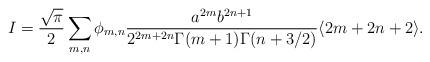
LaTeX: \begin{align*}I = \frac{\sqrt{\pi}}{2} \sum_{m,n} \phi_{m,n} \frac{a^{2m} b^{2n+1} }{2^{2m+2 n} \Gamma(m+1) \Gamma( n+ 3/2)}\langle 2 m + 2n + 2 \rangle.\end{align*}